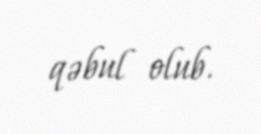
qəbul olub.